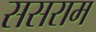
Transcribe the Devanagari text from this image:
ससराम